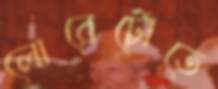
লোরেটোতে